Indian Civil Veterinary Department memoirs
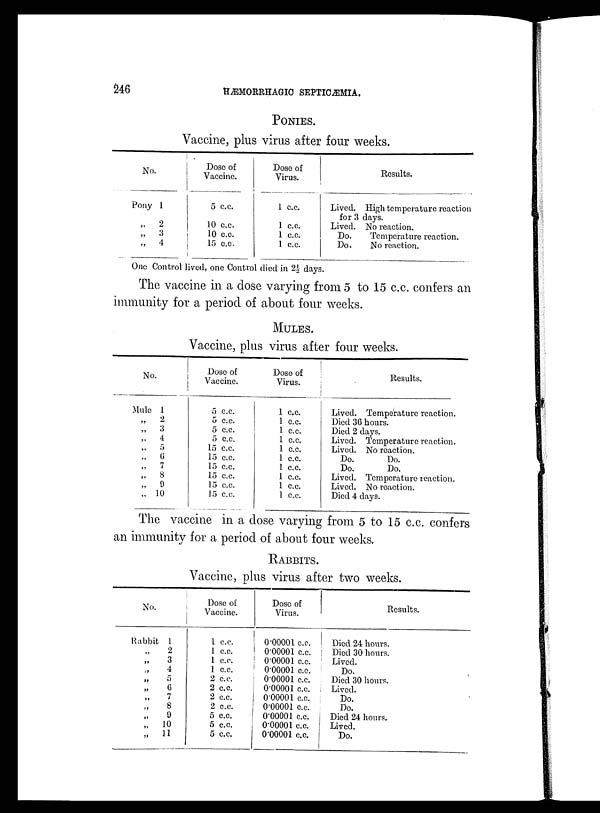
246
HÆMORRHAGIC
SEPTICÆMIA.
PONIES.
Vaccine, plus virus after four weeks.
No.
Pony 1
„
2
„
3
„
4
Dose of
Vaccine.
5 c.c.
10 c.c.
10 c.c.
15 c.c.
Dose of
Virus.
1 c.c.
1 c.c.
1 c.c.
1 c.c.
Results.
Lived. High temperature reaction
for 3 days.
Lived. No reaction.
Do.
Temperature reaction.
Do.
No reaction.
One Control lived, one Control died in 2½ days.
The vaccine in a dose varying from 5 to 15 c.c. confers an
immunity for a period of about four weeks.
MULES.
Vaccine, plus virus after four weeks.
No.
Mule 1
„
2
„
3
„
4
„ 5
„ 6
„ 7
„
8
„
9
„ 10
Dose of
Vaccine.
5 c.c.
5 c.c.
5 c.c.
5 c.c.
15 c.c.
15 c.c.
15 c.c.
15 c.c.
15 c.c.
15 c.c.
Dose of
Virus.
1 c.c.
1 c.c.
1 c.c.
1 c.c.
1 c.c.
1 c.c.
1 c.c.
1 c.c.
1 c.c.
1 c.c.
Results.
Lived. Temperature reaction.
Died 36 hours.
Died 2 days.
Lived. Temperature reaction.
Lived. No reaction.
Do.
Do.
Do.
Do.
Lived. Temperature reaction.
Lived. No reaction.
Died 4 days.
The vaccine in a dose varying from 5 to 15 c.c. confers
an immunity for a period of about four weeks.
RABBITS.
Vaccine, plus virus after two weeks.
No.
Rabbit 1
„2
„3
„4
„
5
„ 6
„ 7
„ 8
„ 9
„ 10
„
11
Dose of
Vaccine.
1 c.c.
1 c.c.
1 c.c.
1 c.c.
2 c.c.
2 c.c.
2 c.c.
2 c.c.
5 c.c.
5 c.c.
5 c.c.
Dose of
Virus.
0.00001 c.c.
0.00001 c.c.
0.00001 c.c.
0.00001 c.c.
0.00001 c.c.
0.00001 c.c.
0.00001 c.c.
0.00001 c.c.
0.00001 c.c.
0.00001 c.c.
0.00001 c.c.
Results.
Died 24 hours.
Died 30 hours.
Lived.
Do.
Died 30 hours.
Lived.
Do.
Do.
Died 24 hours.
Lived.
Do.